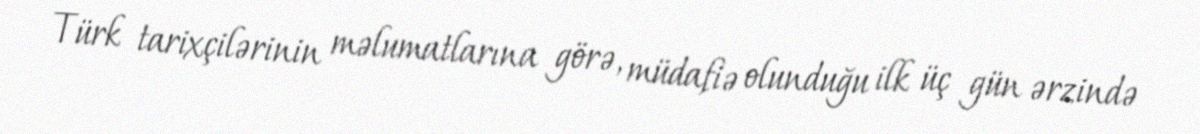
Türk tarixçilərinin məlumatlarına görə, müdafiə olunduğu ilk üç gün ərzində